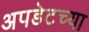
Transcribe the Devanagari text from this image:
अपडेटच्या